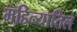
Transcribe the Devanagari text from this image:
महिन्यातिल